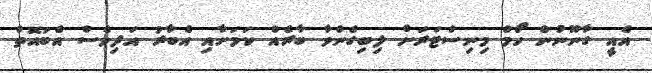
އެއީ ގާނޫނުން ހޯމް މިނިސްޓަރަށް ލިބިގެންވާ ބާރެއް ކަމަށާއި އެބާރު އަދިވެސް އެބައޮތް